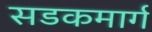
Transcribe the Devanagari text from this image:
सडकमार्ग